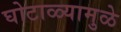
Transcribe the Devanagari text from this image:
घोटाळ्यामुळे